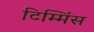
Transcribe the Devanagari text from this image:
टिम्मिंस